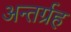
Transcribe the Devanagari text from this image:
अन्तर्ग्रह